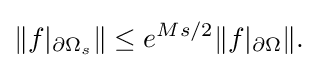
\displaystyle {\|f|_{\partial \Omega _{s}}\|\leq e^{Ms/2}\|f|_{\partial \Omega }\|.}